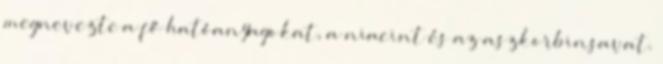
megnevezte a fő hatóanyagokat, a niacint és az aszkorbinsavat.